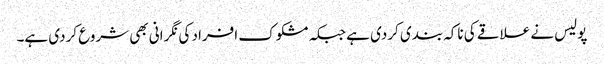
پولیس نے علاقے کی ناکہ بندی کردی ہے جبکہ مشکوک افراد کی نگرانی بھی شروع کردی ہے۔